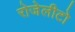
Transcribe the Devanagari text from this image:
रोजेलीटो